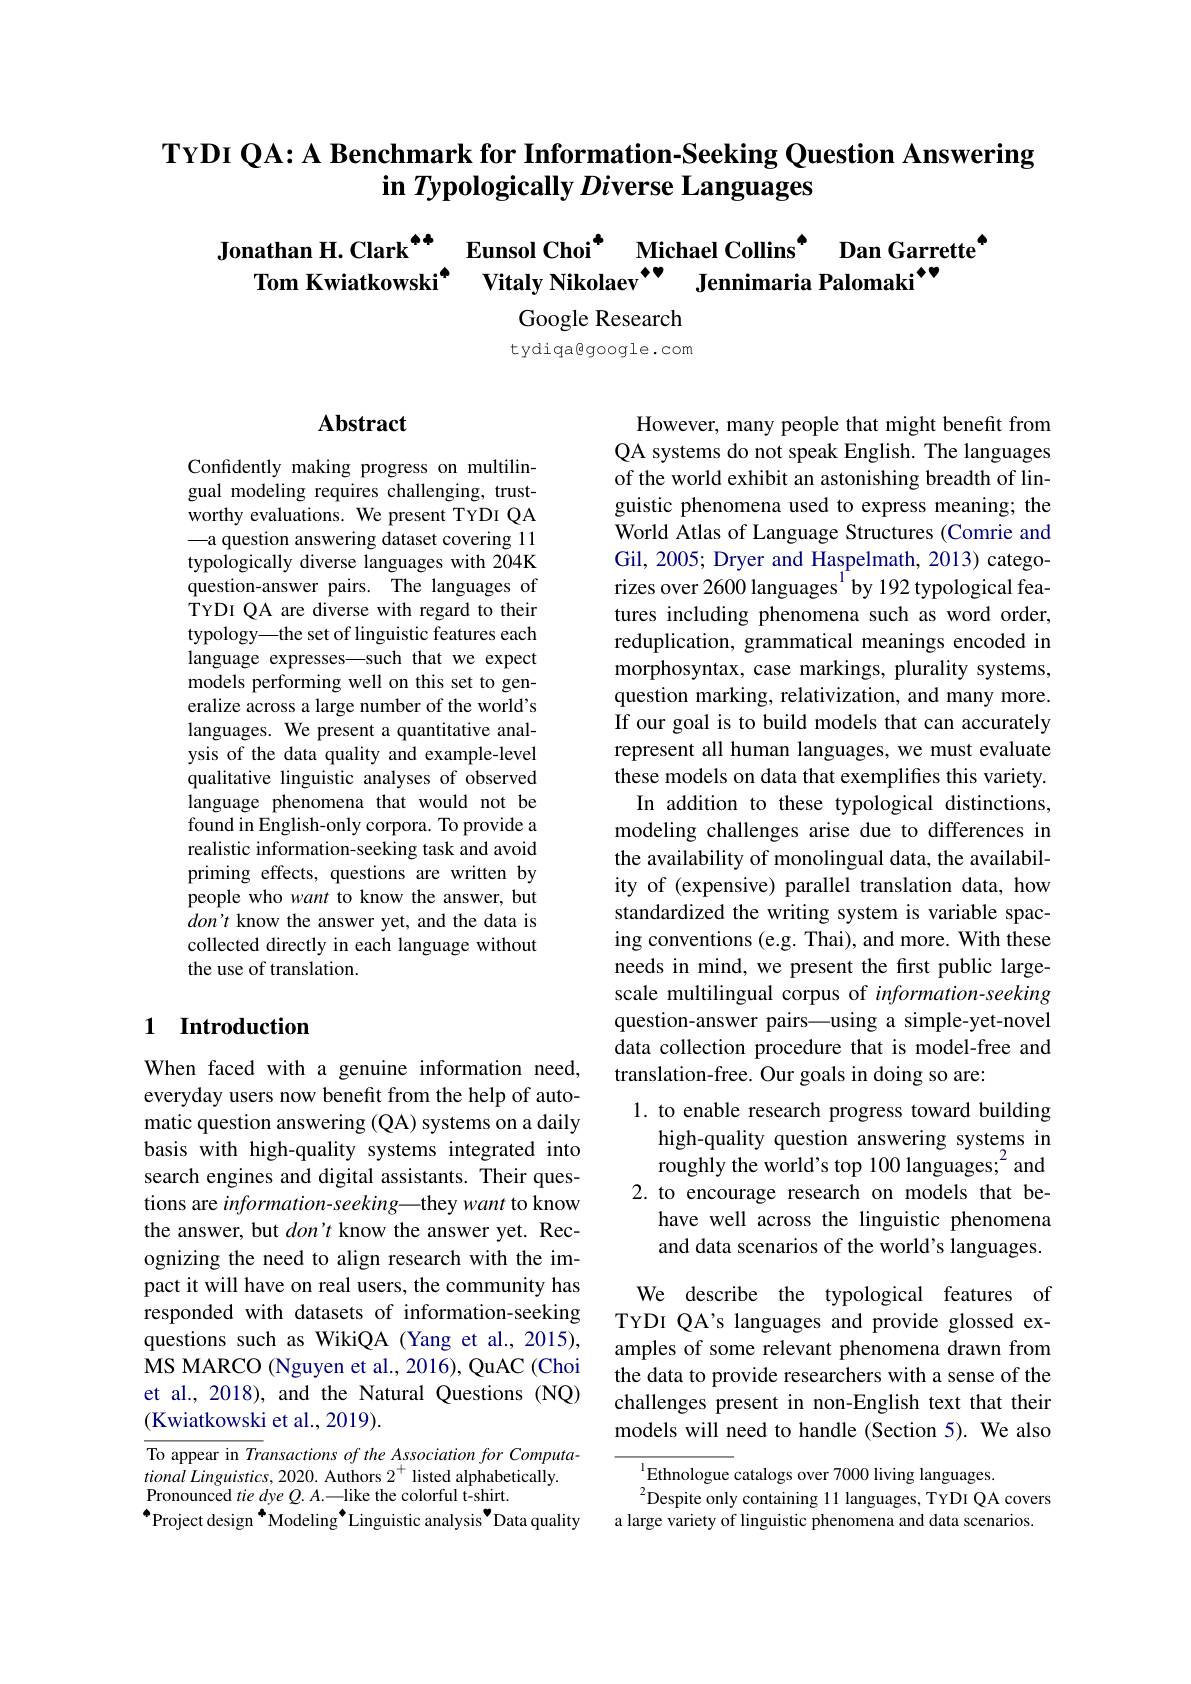
# TYDI QA: A Benchmark for Information-Seeking Question Answering in $Ty\textbf{pologically Diverse Languages}$

Jonathan H. Clark$^{\bullet+}$ Eunsol Choi$^{\bullet}$ Michael Collins$^{\bullet}$ Dan Garrette$^{\bullet}$Tom Kwiatkowski$^{\bullet}$ Vitaly Nikolaev$^{\bullet\bullet}$ Jennimaria Palomaki$^{\bullet\bullet}$

Google Research tydiqagoogle.com

# Abstract

Confidently making progress on multilingual modeling requires challenging, trustworthy evaluations. We present TYDI QA —a question answering dataset covering 11 $\hat{\text{typologically diverse languages with 204K}}$ question-answer pairs. The languages of TYDI QA are diverse with regard to their typology—the set of linguistic features each language expresses—such that we expect models performing well on this set to generalize across a large number of the world's languages. We present a quantitative analysis of the data quality and example-level qualitative linguistic analyses of observed language phenomena that would not be found in English-only corpora. To provide a realistic information-seeking task and avoid priming effects, questions are written by people who want to know the answer, but $don't$ know the answer yet, and the data is collected directly in each language without the use of translation.

However, many people that might benefit from QA systems do not speak English. The languages of the world exhibit an astonishing breadth of linguistic phenomena used to express meaning; the World Atlas of Language Structures (Comrie and Gil, 2005; Dryer and Haspelmath, 2013) categorizes over 2600 languages$^{\mathrm{l}}$ by 192 typological features including phenomena such as word order, reduplication, grammatical meanings encoded in morphosyntax, case markings, plurality systems, question marking, relativization, and many more. If our goal is to build models that can accurately represent all human languages, we must evaluate these models on data that exemplifies this variety. In addition to these typological distinctions, modeling challenges arise due to differences in the availability of monolingual data, the availability of (expensive) parallel translation data, how standardized the writing system is variable spacing conventions (e.g. Thai), and more. With these needs in mind, we present the first public largescale multilingual corpus of information-seeking question-answer pairs—using a simple-yet-novel data collection procedure that is model-free and translation-free. Our goals in doing so are:
1. to enable research progress toward building

## 1 Introduction

high-quality question answering systems in roughly the world's top 100 languages; $^2$ and
2.to encourage research on models that be-
have well across the linguistic phenomena and data scenarios of the world's languages.

When faced with a genuine information need, everyday users now benefit from the help of automatic question answering (QA) systems on a daily basis with high-quality systems integrated into search engines and digital assistants. Their questions are information- seeking— they want to know the answer, but $don’t$ know the answer yet. Recognizing the need to align research with the impact it will have on real users, the community has responded with datasets of information-seeking questions such as WikiQA (Yang et al., 2015), MS MARCO (Nguyen et al., 2016), QuAC (Choi et al., 2018), and the Natural Questions (NQ) (Kwiatkowski et al., 2019).

We describe the typological features of

TYDI QA's languages and provide glossed examples of some relevant phenomena drawn from the data to provide researchers with a sense of the challenges present in non-English text that their models will need to handle (Section 5). We also

To appear in Transactions of the Association for Computational $Linguistics$, 2020. ${\mathrm{Authors~}2^{+ }}$ ${\mathrm{listed~alphabetically}}.$ Pronounced tie dye $Q.A.-$like the colorful t-shirt.
$^{\bullet}$Project design$^{\bullet}$Modeling$^{\bullet}$Linguistic analysis$^{\bullet}$Data quality

$^{1}$Ethnologue catalogs over 7000 living languages.
$^{2}$Despite only containing 11 languages, TYDI QA covers a large variety of linguistic phenomena and data scenarios.